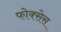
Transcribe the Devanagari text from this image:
फोक्सेस